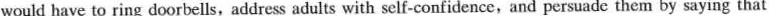
would have to ring doorbells, address adults with self-confidence,and persuade them by saying that